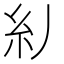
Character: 𱹪